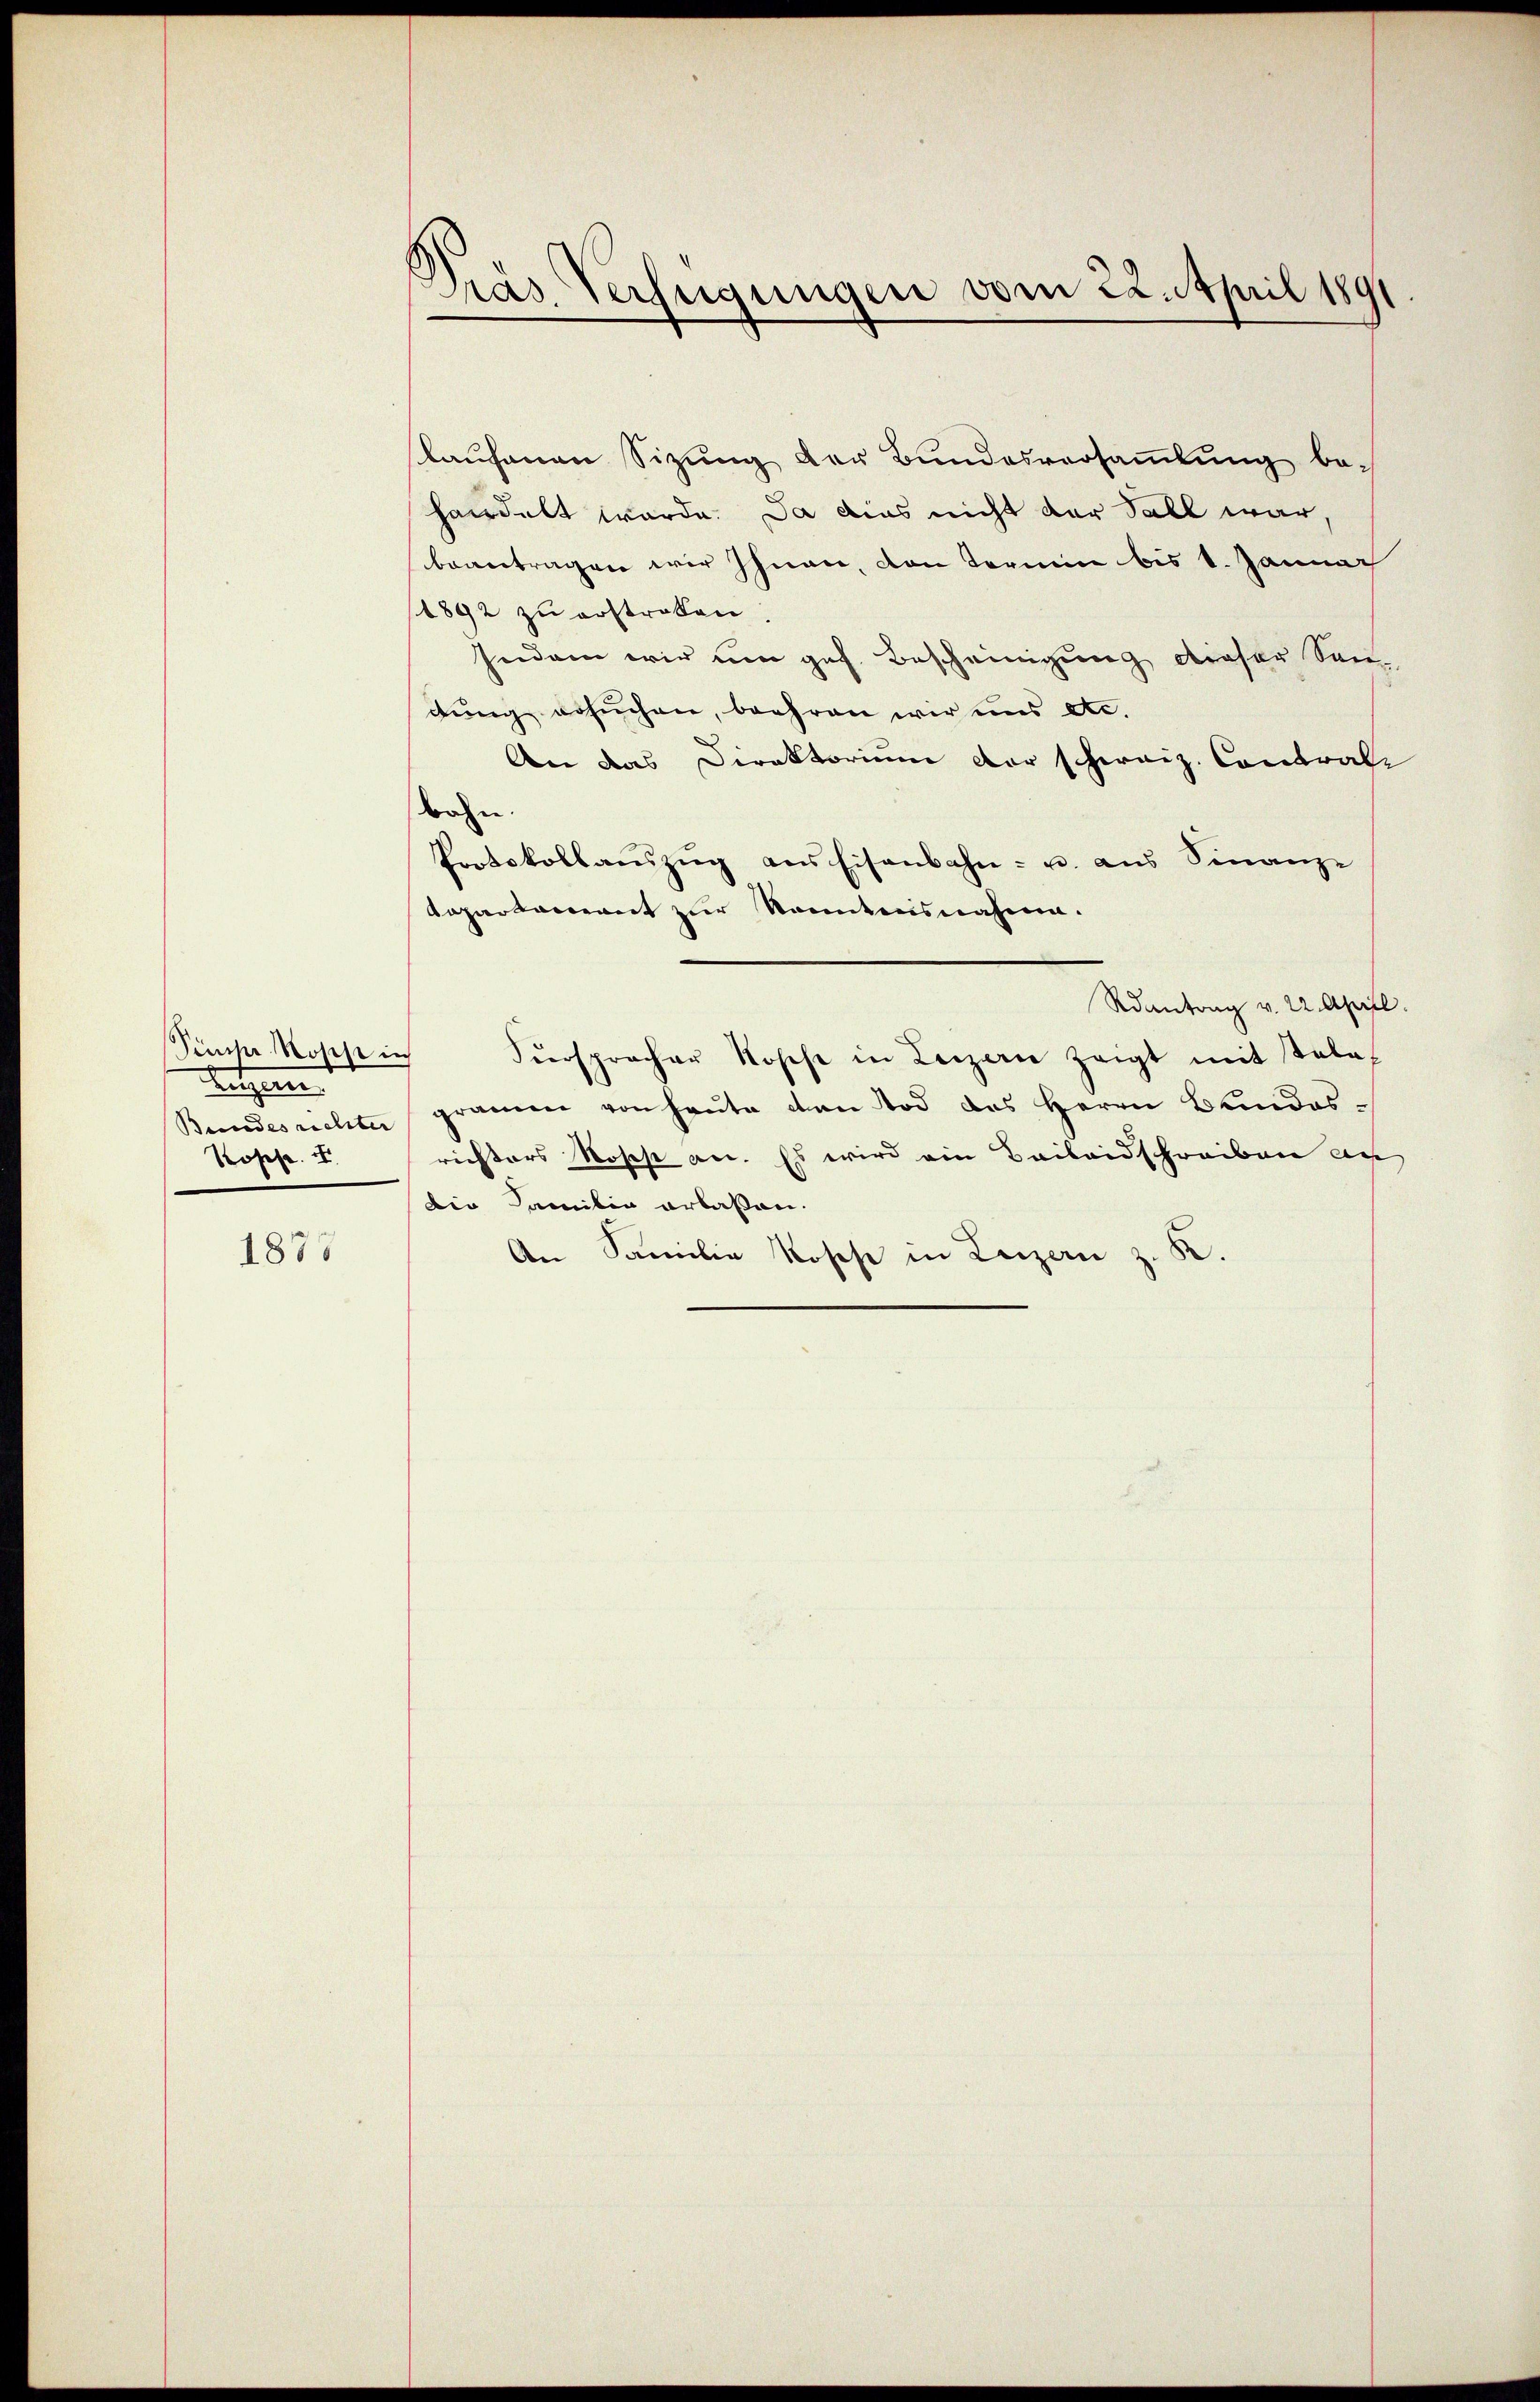
Pinche Rosse in
etzen
Rosse. I

1878

Präs. Verfügungen vom 22. April 1891

slaufenen Sizung der Bundesversammlung behandelt werde. Da dies nicht der Fall war,
beantragen wir Ihnen, von Termin bis 1. Janna
1892 zu erstraten.
Indem wir um gef. Bescheinigung dieser Son
dung ersuchen, beehren wir uns etc.
An das Direktorium der schweiz. Contrale
bahn.
Protokollaŭszŭg ans Eisenbahn- u. aŭs Sinanz-
Repartement zur Kenntnisnahme.
Rantrag v. 22. April.
Fürspracher Roses in Luzern zeigt mit Tele
Bundesrichen gramm von heŭte den Tod des Herrn Bundesrichters Roses an. Es wird ein Bailandschreiben an
Die Familie erlassen.
An Familie Roses in Luzern z. K.